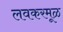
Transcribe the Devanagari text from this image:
लवकरमूळ